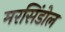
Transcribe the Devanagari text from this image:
मरसिंडोल